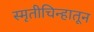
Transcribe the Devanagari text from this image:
स्मृतीचिन्हातून